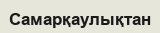
Самарқаулықтан